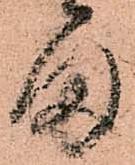
ま